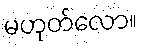
မဟုတ်လော။